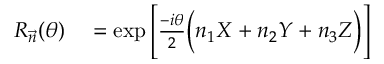
\begin{array} { r l } { R _ { \vec { n } } ( \theta ) } & { { } = \exp \Bigg [ \frac { - i \theta } { 2 } \Big ( n _ { 1 } X + n _ { 2 } Y + n _ { 3 } Z \Big ) \Bigg ] } \end{array}